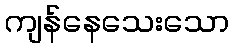
ကျန်နေသေးသော